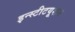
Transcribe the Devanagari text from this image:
इन्स्टीटयूशन